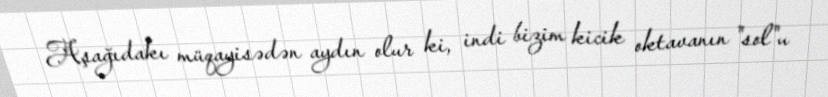
Aşağıdakı müqayisədən aydın olur ki, indi bizim kicik oktavanın "sol"u